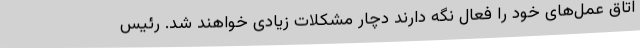
اتاق عمل‌های خود را فعال نگه دارند دچار مشکلات زیادی خواهند شد. رئیس